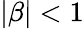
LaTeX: |\beta|<1